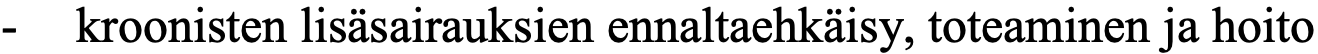
-  kroonisten lisäsairauksien ennaltaehkäisy, toteaminen ja hoito